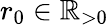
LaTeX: r_{0}\in\mathbb{R}_{>0}